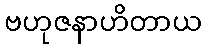
ဗဟုဇနာဟိတာယ